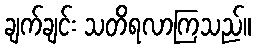
ချက်ချင်း သတိရလာကြသည်။